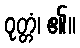
ဝုတ္တံ၊ ၏။